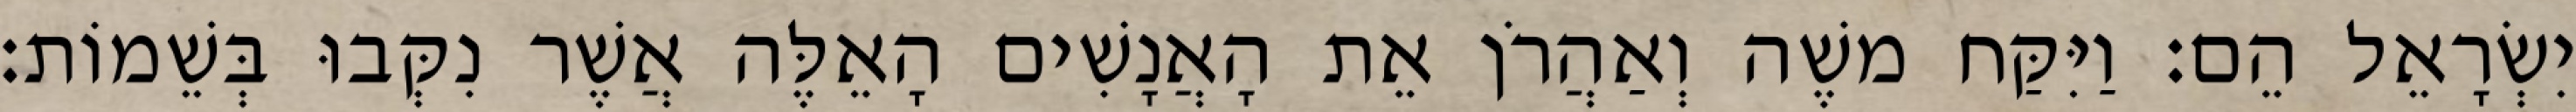
יִשְׂרָאֵל הֵם׃ וַיִּקַּח משֶׁה וְאַהֲרֹן אֵת הָאֲנָשִׁים הָאֵלֶּה אֲשֶׁר נִקְּבוּ בְּשֵׁמוֹת׃